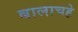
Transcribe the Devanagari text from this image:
बालाचह्रे